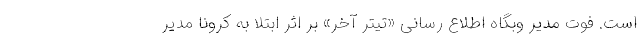
است. فوت مدیر وبگاه اطلاع رسانی «تیتر آخر» بر اثر ابتلا به کرونا مدیر